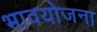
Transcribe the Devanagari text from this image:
भावयोजना